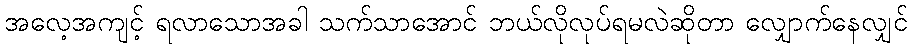
အလေ့အကျင့် ရလာသောအခါ သက်သာအောင် ဘယ်လိုလုပ်ရမလဲဆိုတာ လျှောက်နေလျှင်